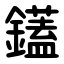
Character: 鑉